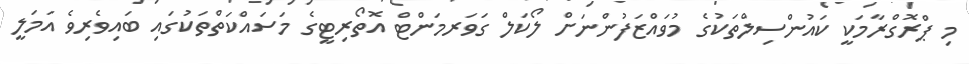
މި ޕްރޮގްރާމަކީ ކައުންސިލްތަކުގެ މުވައްޒަފުންނަށް ލޯކަލް ގަވަރމަންޓް އޮތޯރިޓީގެ މަސައްކަތްތަކުގައި ބައިވެރިވެ އަމަލީ